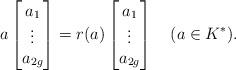
LaTeX: \begin{align*}a\left[\begin{matrix}a_1 \\ \vdots \\ a_{2g}\end{matrix}\right]=r(a)\left[\begin{matrix}a_1 \\ \vdots \\ a_{2g}\end{matrix}\right]\quad(a\in K^*).\end{align*}